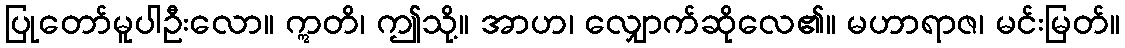
ပြုတော်မူပါဦးလော။ ဣတိ၊ ဤသို့။ အာဟ၊ လျှောက်ဆိုလေ၏။ မဟာရာဇ၊ မင်းမြတ်။